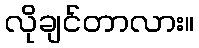
လိုချင်တာလား။